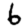
Digit: 6